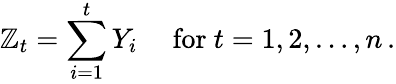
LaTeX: \mathbb{Z}_{t}=\sum_{i=1}^{t}Y_{i}\quad{\mathrm{{~for~}}}t=1,2,\dots,n\, .